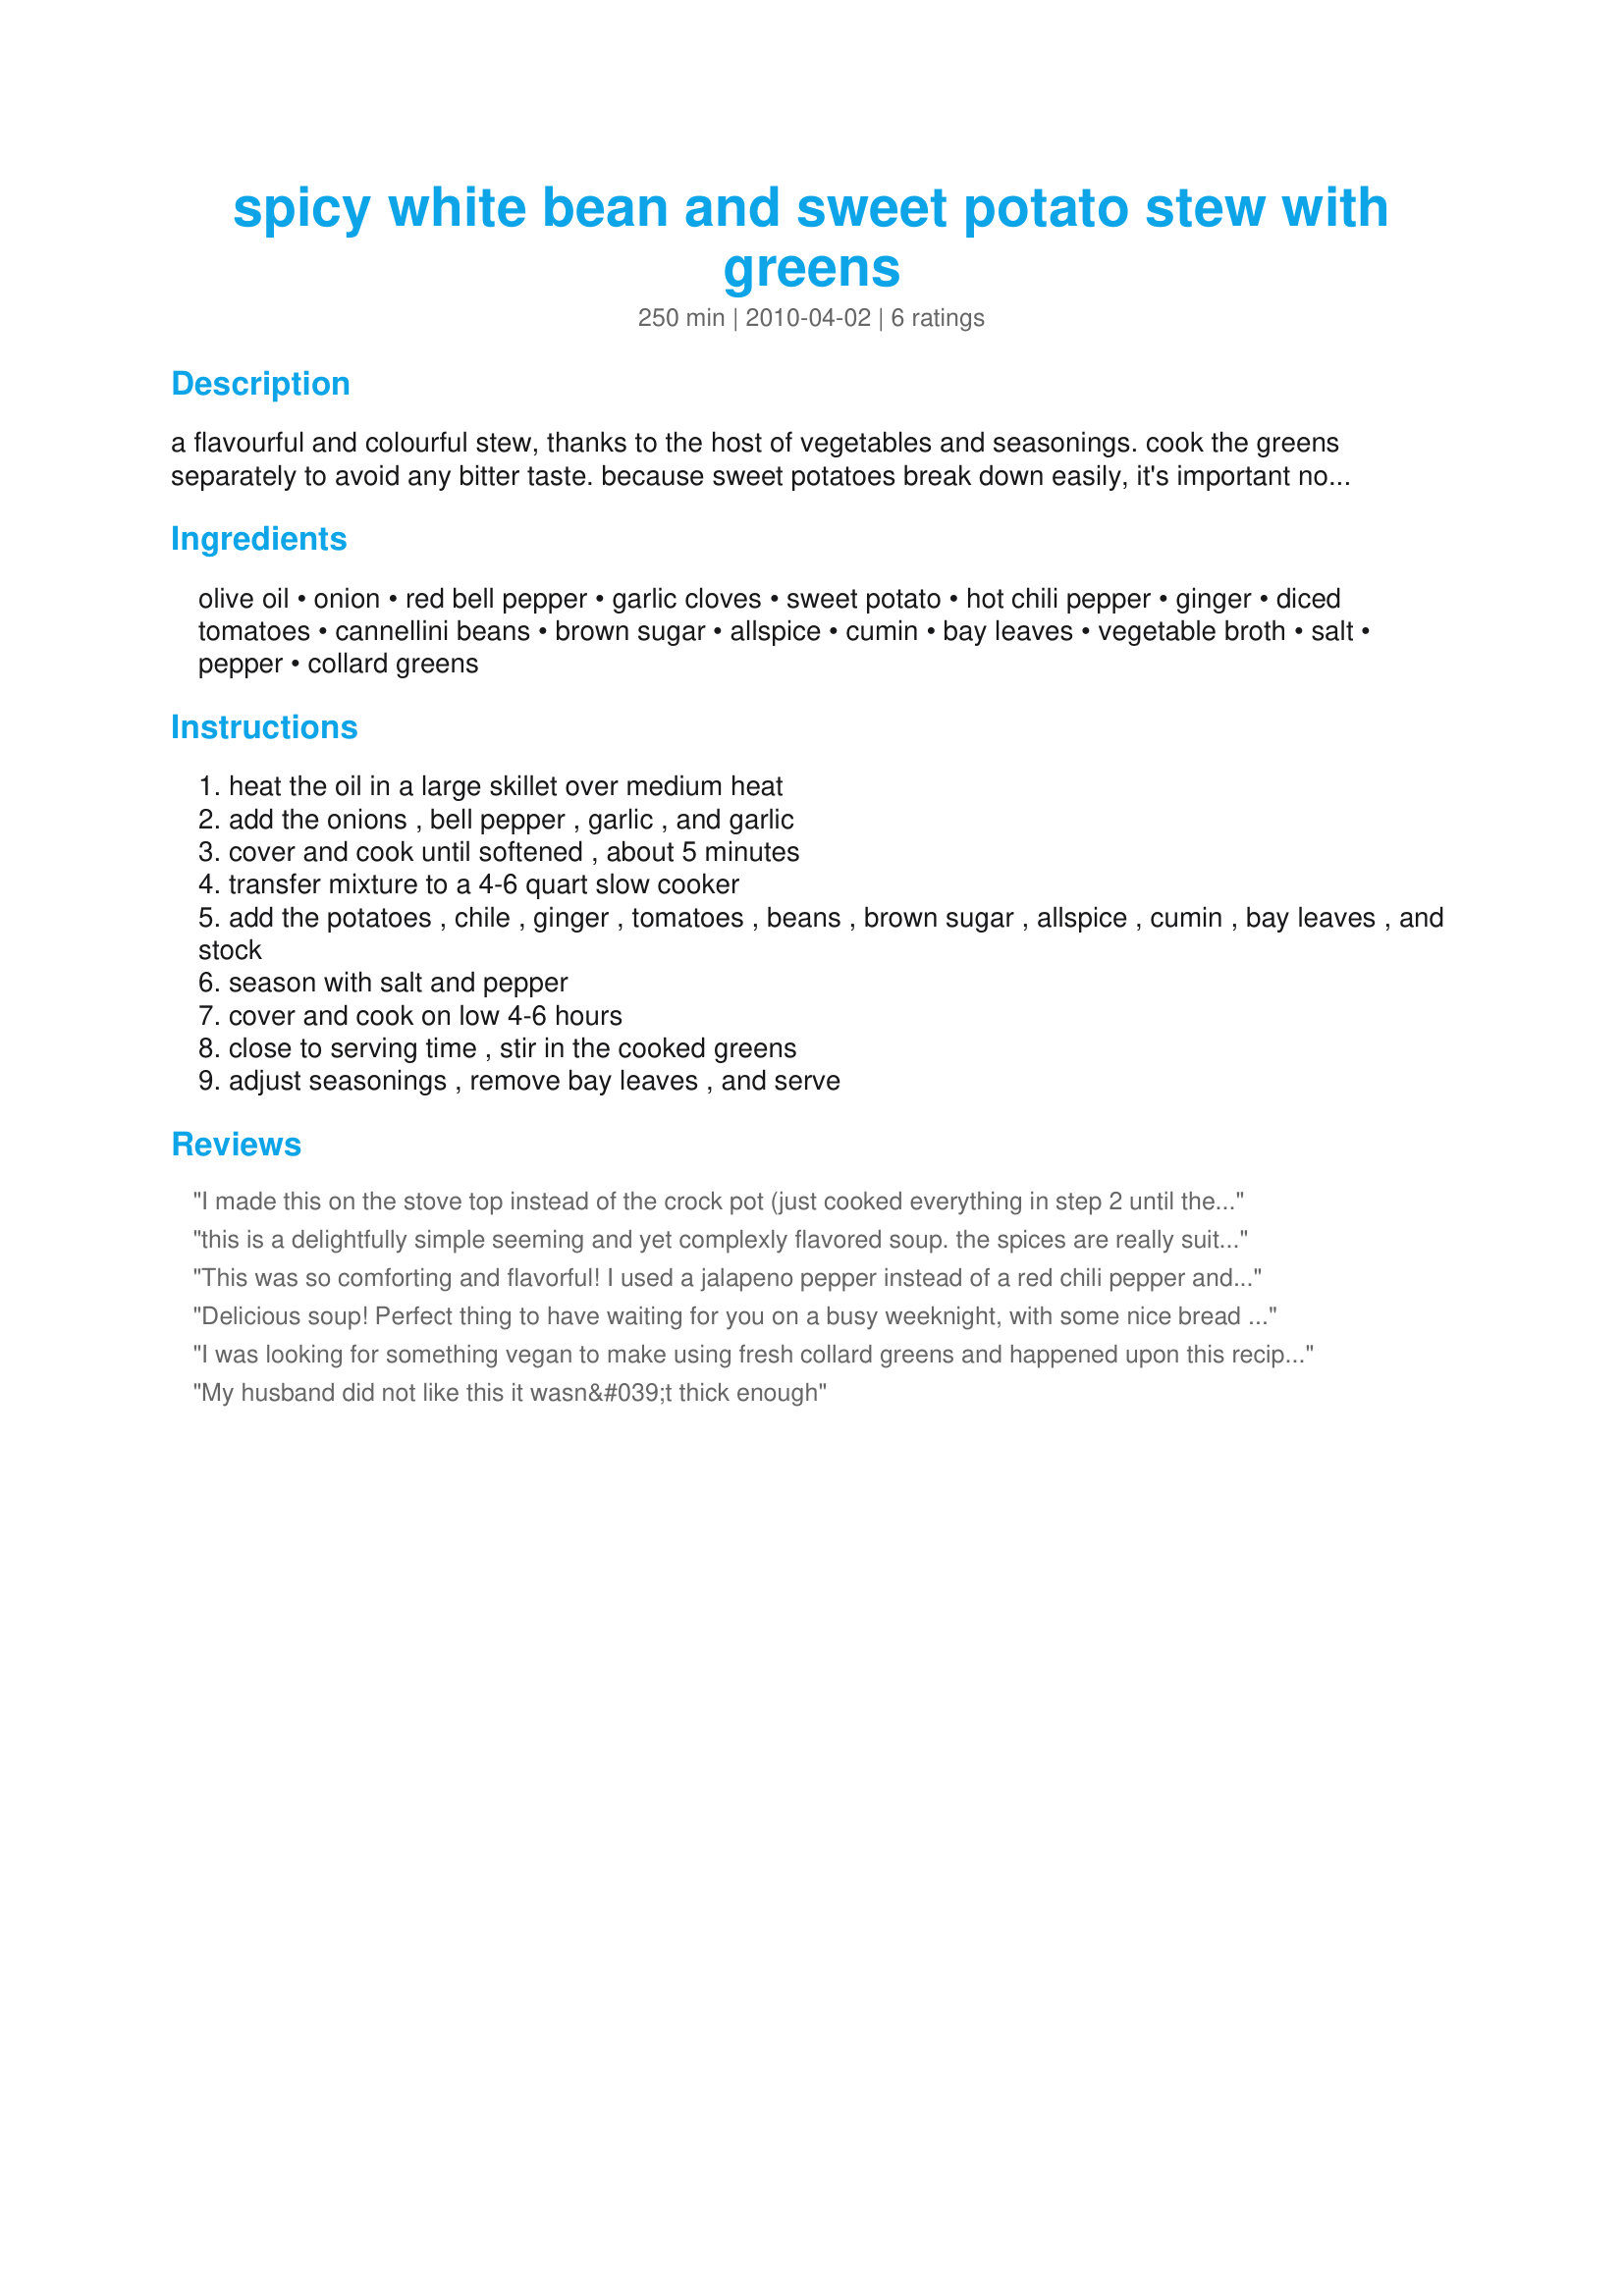
spicy white bean and sweet potato stew with greens
Preparation time: 250 minutes

a flavourful and colourful stew, thanks to the host of vegetables and seasonings. cook the greens separately to avoid any bitter taste. because sweet potatoes break down easily, it's important not to cook the stew too long. for a mild, yet still flavourful stew, omit the hot chile. serve it accompanied with crusty warm bread! from fresh from the vegetarian slow cooker.

Ingredients:
olive oil, onion, red bell pepper, garlic cloves, sweet potato, hot chili pepper, ginger, diced tomatoes, cannellini beans, brown sugar, allspice, cumin, bay leaves, vegetable broth, salt, pepper, collard greens

Steps:
heat the oil in a large skillet over medium heat
add the onions , bell pepper , garlic , and garlic
cover and cook until softened , about 5 minutes
transfer mixture to a 4-6 quart slow cooker
add the potatoes , chile , ginger , tomatoes , beans , brown sugar , allspice , cumin , bay leaves , and stock
season with salt and pepper
cover and cook on low 4-6 hours
close to serving time , stir in the cooked greens
adjust seasonings , remove bay leaves , and serve

Reviews:
I made this on the stove top instead of the crock pot (just cooked everything in step 2 until the sweet potatoes were soft). It came out great! This is a good, hearty stew. It was perfect on a cold night! Very satisfying. I was a little worried because I accidentally put too much allspice in it, but the flavors melded so well that there wasn't a problem (perhaps it helped that it started as whole allspice and was coarsely ground?). I used half a serrano pepper because one of my guinea pigs can't take things that are too spicy, and in the end the spiciness wasn't even really noticeable to me. I used fresh kale and a wee bit of swiss chard from my garden for the greens. I'd like to try it again without cooking the greens separately to see if bitterness really is a problem. One less dirty dish is one less dirty dish!
this is a delightfully simple seeming and yet complexly flavored soup. the spices are really suiting (i was skeptical about all of that allspice!). i used a couple of medium sized red potatos instead of a sweet potato - that came somewhat out of being skeptical and somewhat out of what was on hand - but after having the completed soup, i think you could do it either way! it wouldn't be too sweet. the heat of the jalapeno has a deceptive build, so it's a nice warming soup for winter or opening up the sinuses!
This was so comforting and flavorful! I used a jalapeno pepper instead of a red chili pepper and 1/2 teaspoon of thyme instead of the bay leaves. Also, I simmered this on the stove for about 30 minutes instead of putting it in a slow cooker. I added the collard greens during the last 10 minutes instead of cooking them separately (I hate to make more dirty dishes than I need to), but I didn't notice any bitterness. If anything, the sweetness of the sweet potatoes and the earthiness of the beans balanced any potential bitterness from the greens. Leftovers were perfect for lunch. I will definitely make this again. Made for Veg*an Swap.
Delicious soup! Perfect thing to have waiting for you on a busy weeknight, with some nice bread as you suggested it made a great meal. Although my children aren't upset about it, I forgot all about adding the greens in at the end....Oops....I will be adding them to the leftovers tho. I was shy on the beans, only had 1 tin on hand which is about 1 1/2 cups. That was OK though, I like having a little extra broth. Also I suppose I used yams instead of sweet potatoes, so the cooking time for me was about 4 - 4 1/2 hours on high and the yams held up just fine. Thanks for sharing Katzen!
I was looking for something vegan to make using fresh collard greens and happened upon this recipe. We loved it! Perfect on a chilly November night. I, like some of the other reviewers, did not pre-cook the greens. I put them in the crock for the last thirty minutes and they kept some of their crunch, which we really liked. My 12 year old put a dollop of sour cream on her bowl (there goes the vegan label ;o) and we all quickly realized that is an excellent addition! It just took all the flavors up a notch! Definitely adding this to our winter soup/stew rotation for the winter.
My husband did not like this it wasn&#039;t thick enough
